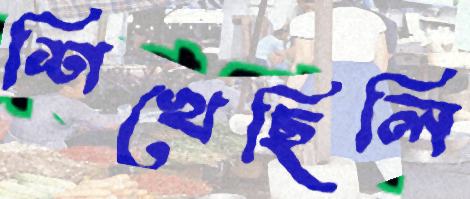
শিখেছিলি